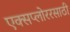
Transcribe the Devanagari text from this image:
एक्सप्लोररसाठी